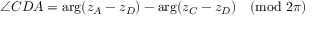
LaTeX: \angle C D A = \arg ( z _ { A } - z _ { D } ) - \arg ( z _ { C } - z _ { D } ) { \pmod { 2 \pi } }